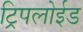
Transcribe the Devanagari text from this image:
ट्रिपलोईड